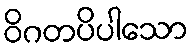
ဝိဂတပိပါသော